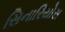
સિનારિયોસ